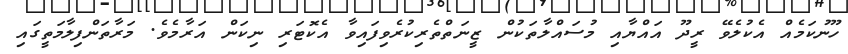
ހޫނުކަމެއް އެކުލެވޭ ރީދޫ އައްޔާއި މުސައްލާތަކުން ޒީނަތްތެރިކުރެވިފައިވާ އެކޮޓަރި ނިކަން އަރާމެވެ. މަރާތަންފިލާމަތީގައި